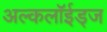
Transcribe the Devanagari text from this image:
अल्कलॉईड्‌ज